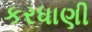
કરધાણી